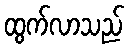
ထွက်လာသည်